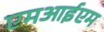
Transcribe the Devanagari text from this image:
एमआईएम